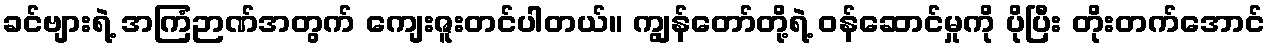
ခင်ဗျားရဲ့ အကြံဉာဏ်အတွက် ကျေးဇူးတင်ပါတယ်။ ကျွန်တော်တို့ရဲ့ ဝန်ဆောင်မှုကို ပိုပြီး တိုးတက်အောင်